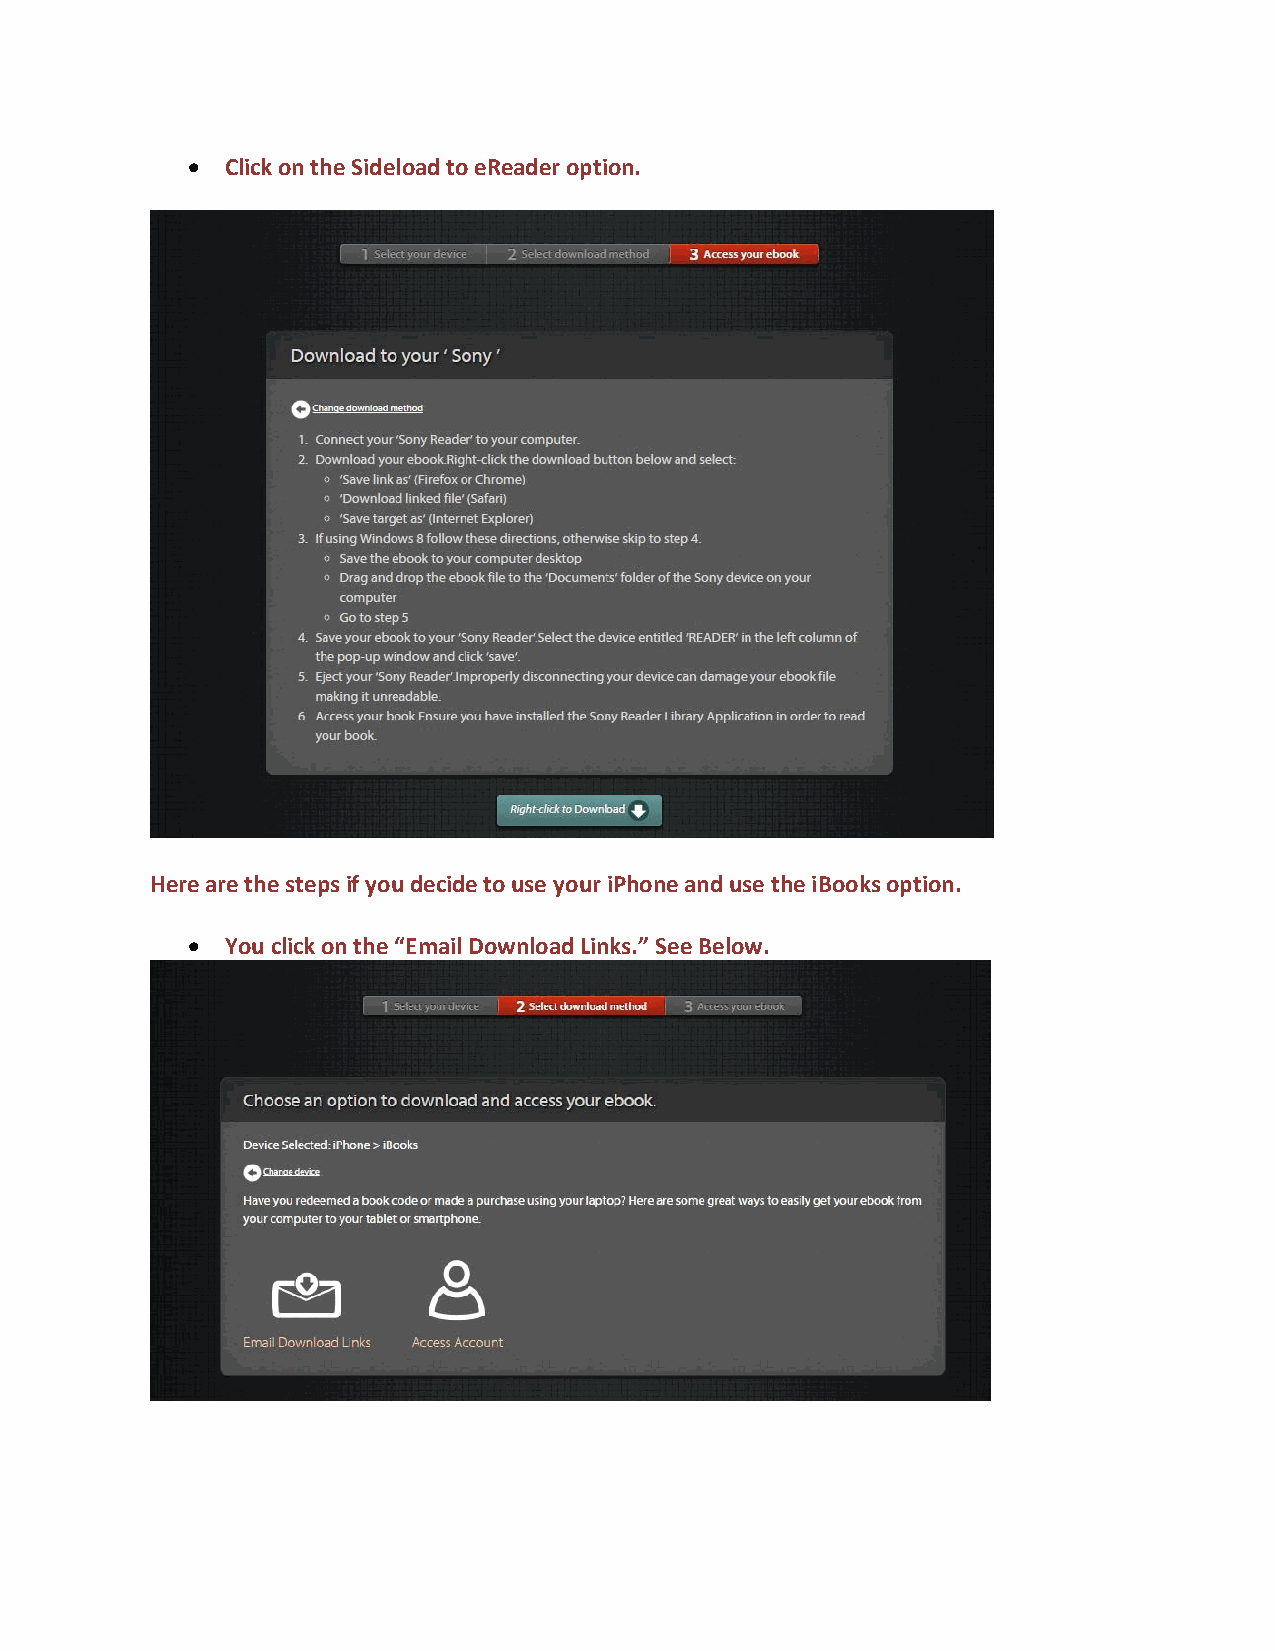
  Click on the Sideload to eReader option.
 Here are the steps if you decide to use your iPhone and use the iBooks option.
   You click on the “Email Download Links.” See Below.